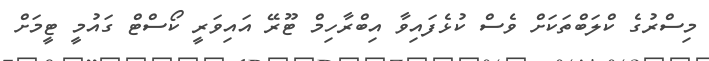
މިސްރުގެ ކްލަބްތަކަށް ވެސް ކުޅެފައިވާ އިބްރާހިމް ޓޫރޭ އައިވަރީ ކޯސްޓް ގައުމީ ޓީމަށް